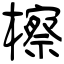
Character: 檫